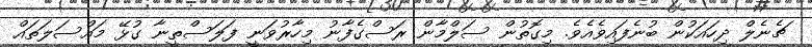
ޗެނެލް ދިހައަކުން ބުނެފައިވެއެވެ. މިގޮތުން ސަލްމާން ރަސްގެފާނު މިހާރުވަނީ ފަލަސްތީނާ ގުޅޭ މައްސަލަތައް